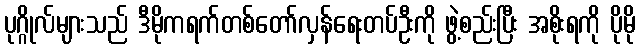
ပုဂ္ဂိုလ်များသည် ဒီမိုကရက်တစ်တော်လှန်ရေးတပ်ဦးကို ဖွဲ့စည်းပြီး အစိုးရကို ပိုမို